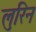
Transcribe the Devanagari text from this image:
लुरिन